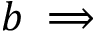
b \implies